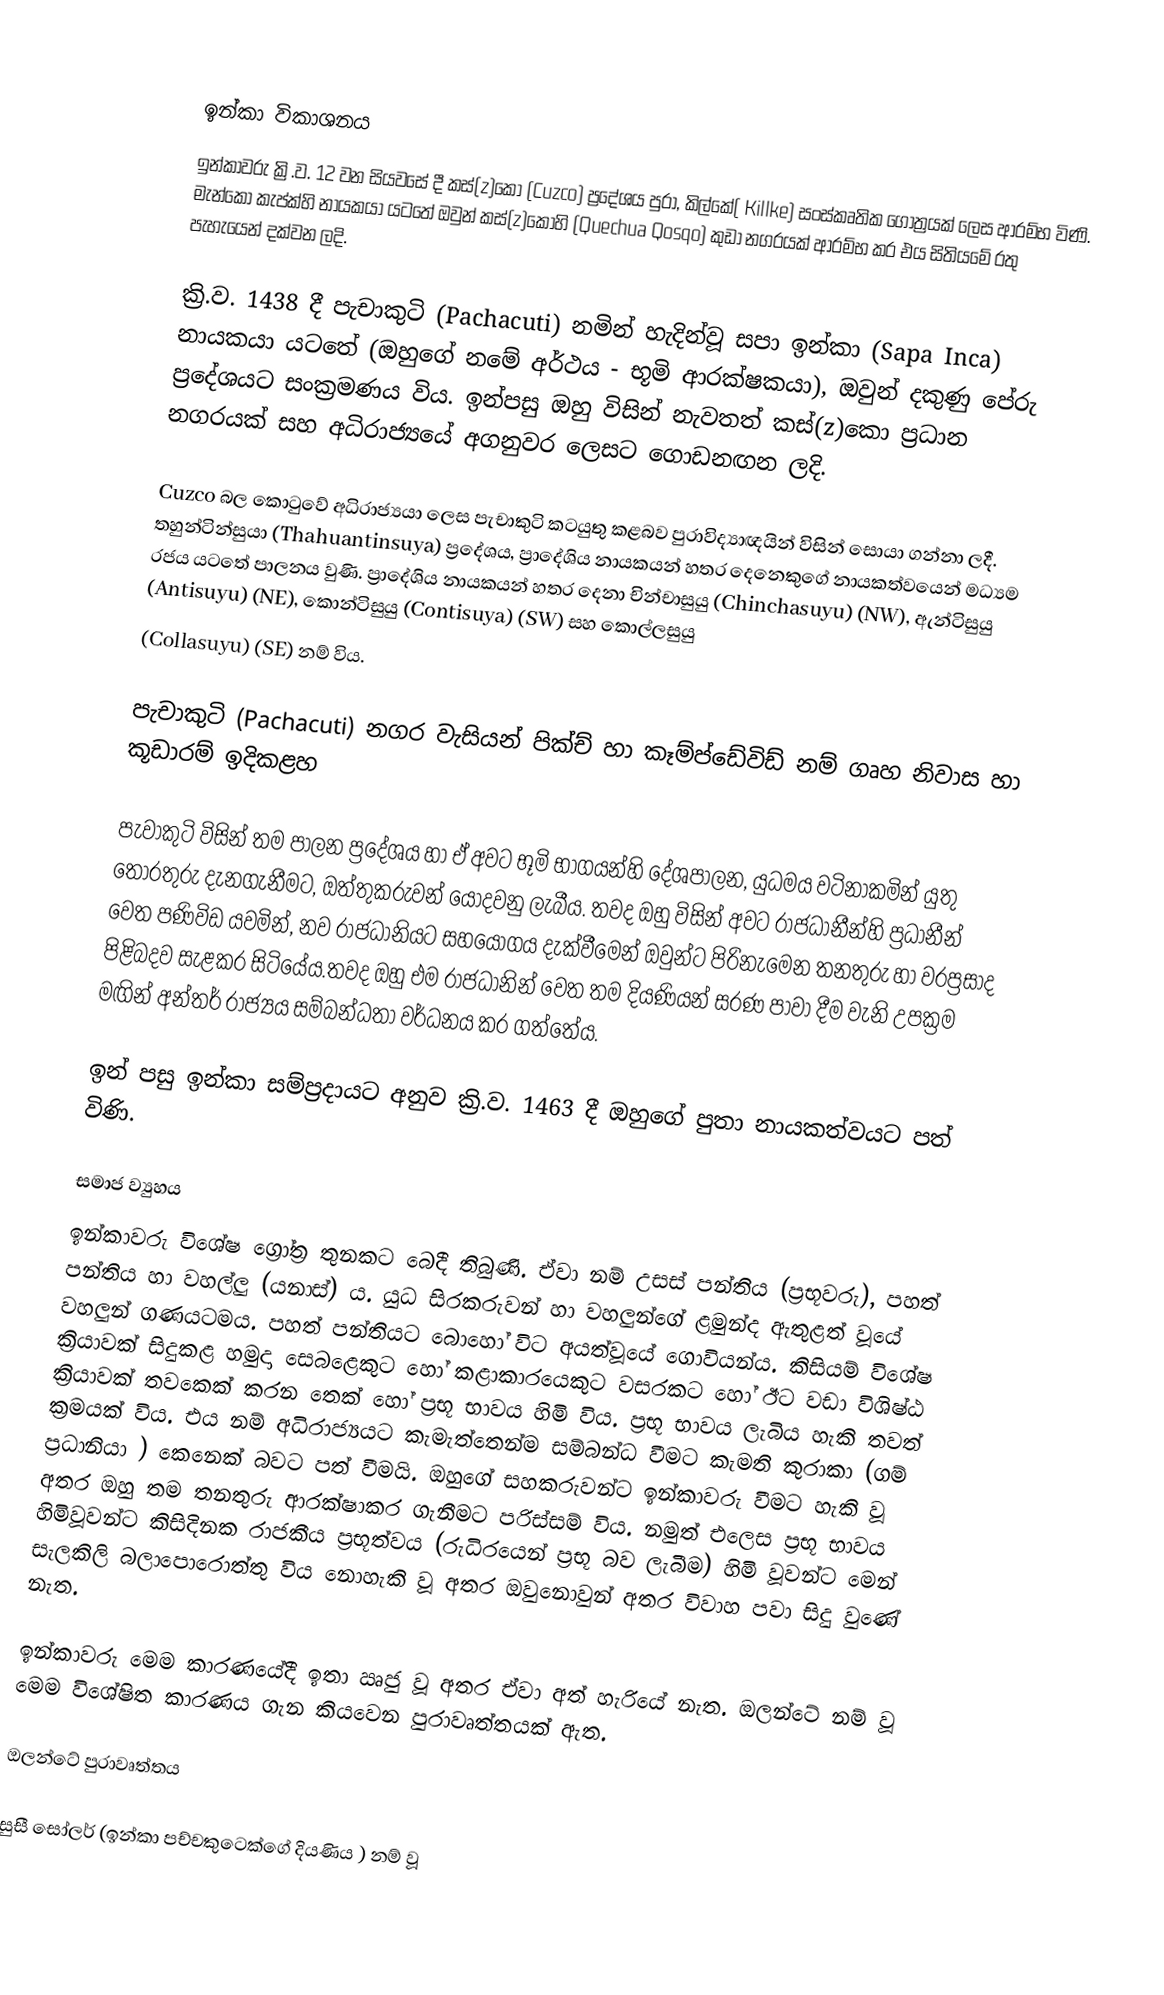

ඉන්කා විකාශනය
ඉන්කාවරු ක්‍රි.ව. 12 වන සියවසේ දී කස්(z)කො (Cuzco) ප්‍රදේශය පුරා, කිල්කේ( Killke) සංස්කෘතික ගෝත්‍රයක් ලෙස ආරම්භ විණි. මැන්කො කැප්ක්හි නායකයා යටතේ ඔවුන්  කස්(z)කෝහි (Quechua Qosqo) කුඩා නගරයක් ආරම්භ කර එය සිතියමේ රතු පැහැයෙන් දක්වන ලදි.

ක්‍රි.ව. 1438 දී  පැචාකුටි (Pachacuti)  නමින් හැදින්වූ සපා ඉන්කා (Sapa Inca) නායකයා යටතේ (ඔහුගේ නමේ අර්ථය - භූමි ආරක්ෂකයා), ඔවුන් දකුණු පේරු ප්‍රදේශයට සංක්‍රමණය  විය. ඉන්පසු ඔහු විසින් නැවතත් කස්(z)කො ප්‍රධාන නගරයක් සහ අධිරාජ්‍යයේ අගනුවර ලෙසට ගොඩනඟන ලදි.

Cuzco බල කොටුවේ අධිරාජ්‍යයා ලෙස පැචාකුටි කටයුතු කළබව පුරාවිද්‍යාඥයින් විසින් සොයා ගන්නා ලදී. තහුන්ටින්සුයා (Thahuantinsuya) ප්‍රදේශය, ප්‍රාදේශිය නායකයන් හතර දෙනෙකුගේ නායකත්වයෙන් මධ්‍යම රජය යටතේ පාලනය වුණි. ප්‍රාදේශිය නායකයන් හතර දෙනා  චින්චාසුයු (Chinchasuyu) (NW), ඇන්ටිසුයු (Antisuyu) (NE), කොන්ටිසුයු (Contisuya) (SW) සහ කොල්ලසුයු
(Collasuyu) (SE)  නම් විය.

පැචාකුටි (Pachacuti) නගර වැසියන්  පික්ච් හා කෑම්ප්ඩේවිඩ් නම් ගෘහ නිවාස හා කූඩාරම් ඉදිකළහ

පැවාකු‍ටි විසින් තම පාලන ප්‍රදේශය හා ඒ අවට භූමි භාගයන්හි දේශපාලන, යුධමය වටිනාකමින් යුතු තොරතුරු දැනගැනීමට, ඔත්තුකරුවන් යොදවනු ලැබීය. තවද ඔහු විසින් අවට රාජධානීන්හි ප්‍රධානීන් වෙත පණිවිඩ යවමින්, නව රාජධානියට සහයෝගය දැක්වීමෙන්  ඔවුන්ට පිරිනැමෙන තනතුරු හා වරප්‍රසාද පිළිබදව සැළකර සිටියේය.තවද ඔහු එම රාජධානින් වෙත තම දියණියන්  සරණ පාවා දීම වැනි උපක්‍රම මඟින් අන්තර් රාජ්‍යය සම්බන්ධතා වර්ධනය කර ගත්තේය.

ඉන් පසු ඉන්කා සම්ප්‍රදායට අනුව ක්‍රි.ව. 1463 දී ඔහුගේ පුතා නායකත්වයට පත් විණි.

සමාජ ව්‍යුහය
ඉන්කාවරු විශේෂ ග්‍රෝත්‍ර තුනකට බෙදී තිබුණි. ඒවා නම් උසස් පන්තිය (ප්‍රභූවරු), පහත් පන්තිය හා වහල්ලු (යනාස්) ය. යුධ සිරකරුවන් හා වහලුන්ගේ ළමුන්ද ඇතුළත් වූයේ වහලුන් ගණයටමය. පහත් පන්තියට බොහෝ විට අයත්වූයේ ගොවියන්ය. කිසියම් විශේෂ ක්‍රියාවක් සිදුකළ හමුදා සෙබළෙකුට හෝ කළාකාරයෙකුට වසරකට හෝ ඊට වඩා විශිෂ්ඨ ක්‍රියාවක් තවකෙක් කරන තෙක් හෝ ප්‍රභූ භාවය හිමි විය. ප්‍රභූ භාවය ලැබිය හැකි තවත් ක්‍රමයක් විය. එය නම් අධිරාජ්‍යයට කැමැත්තෙන්ම සම්බන්ධ වීමට කැමති කුරාකා (ගම් ප්‍රධානියා ) කෙනෙක් බවට පත් වීමයි. ඔහුගේ සහකරුවන්ට ඉන්කාවරු වීමට හැකි වූ අතර ඔහු තම තනතුරු ආරක්ෂාකර ගැනීමට පරිස්සම් විය. නමුත් එලෙස ප්‍රභූ භාවය හිමිවූවන්ට කිසිදිනක රාජකීය ප්‍රභූත්වය (රුධිරයෙන් ප්‍රභූ  බව ලැබීම) හිමි වූවන්ට මෙන් සැලකිලි බලාපොරොත්තු විය නොහැකි වූ අතර ඔවුනොවුන් අතර විවාහ පවා සිදු වුණේ නැත.

ඉන්කාවරු මෙම කාරණයේදී ඉතා ඍජු වූ අතර ඒවා අත් හැරියේ නැත. ඔලන්ටේ නම් වූ මෙම විශේෂිත කාරණය ගැන කියවෙන පුරාවෘත්තයක් ඇත.

ඔලන්ටේ පුරාවෘත්තය

සුසී සෝලර් (ඉන්කා පච්චකුටෙක්ගේ දියණිය ) නම් වූ